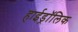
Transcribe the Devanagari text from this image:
हाईड्रॉलिक